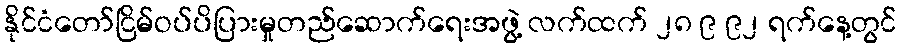
နိုင်ငံတော်ငြိမ်ဝပ်ပိပြားမှုတည်ဆောက်ရေးအဖွဲ့ လက်ထက် ၂၈ ၉ ၉၂ ရက်နေ့တွင်